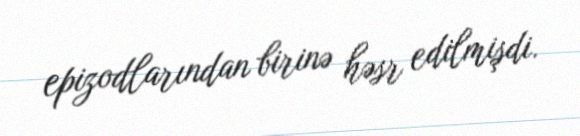
epizodlarından birinə həsr edilmişdi.